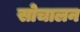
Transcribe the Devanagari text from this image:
सोचालन